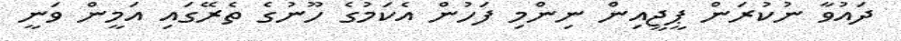
ދައުވާ ނުކުރަން ޕީޖީއިން ނިންމި ފަހުން އެކަމުގެ ހޫނުގެ ތެރޭގައި އަމީން ވަނީ